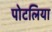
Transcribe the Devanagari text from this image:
पोटलिया